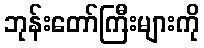
ဘုန်းတော်ကြီးများကို